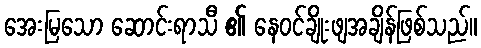
အေးမြသော ဆောင်းရာသီ ၏ နေဝင်ချိုးဖျအချိန်ဖြစ်သည်။